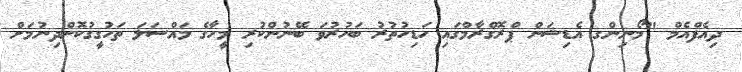
ދިއެފްއެމް "މޯނިންގ އެޑިޝަން ޕްރޮގްރާމްގައި ހަޑިހުތުރު ބަހުރުވަ ބޭނުންކުރި މީހާގެ މައްސަލަ ތަހުގީގުކޮށްދިނުމަށް